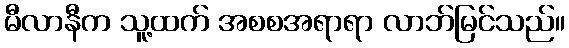
မီလာနီက သူ့ထက် အစစအရာရာ လာဘ်မြင်သည်။